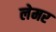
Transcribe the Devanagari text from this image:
लेमर